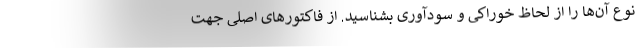
نوع آن‌ها را از لحاظ خوراکی و سودآوری بشناسید. از فاکتورهای اصلی جهت